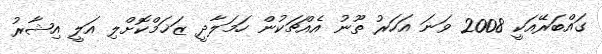
ގައްބަރޭއަކީ 2008 ވަނަ އަހަރު ތޫނު އެއްޗަކުން ހަމަލާދީ ޒަޚަމްކޮށްލި އަލީ އިޝާރު